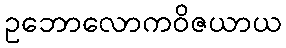
ဥဘောလောကဝိဇယာယ